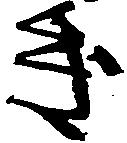
き